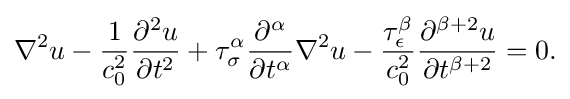
{\nabla ^{2}u-{\dfrac {1}{c_{0}^{2}}}{\frac {\partial ^{2}u}{\partial t^{2}}}+\tau _{\sigma }^{\alpha }{\dfrac {\partial ^{\alpha }}{\partial t^{\alpha }}}\nabla ^{2}u-{\dfrac {\tau _{\epsilon }^{\beta }}{c_{0}^{2}}}{\dfrac {\partial ^{\beta +2}u}{\partial t^{\beta +2}}}=0.}